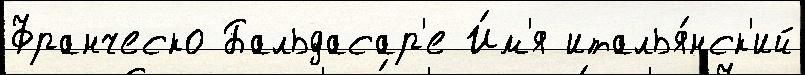
Франческо Бальдасар'е И́м'я италья́нск'ий